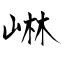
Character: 崊